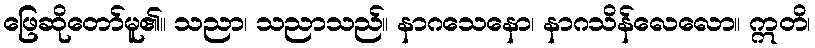
ဖြေဆိုတော်မူ၏။ သညာ၊ သညာသည်။ နာဂသေနော၊ နာဂသိန်လေလော။ ဣတိ၊